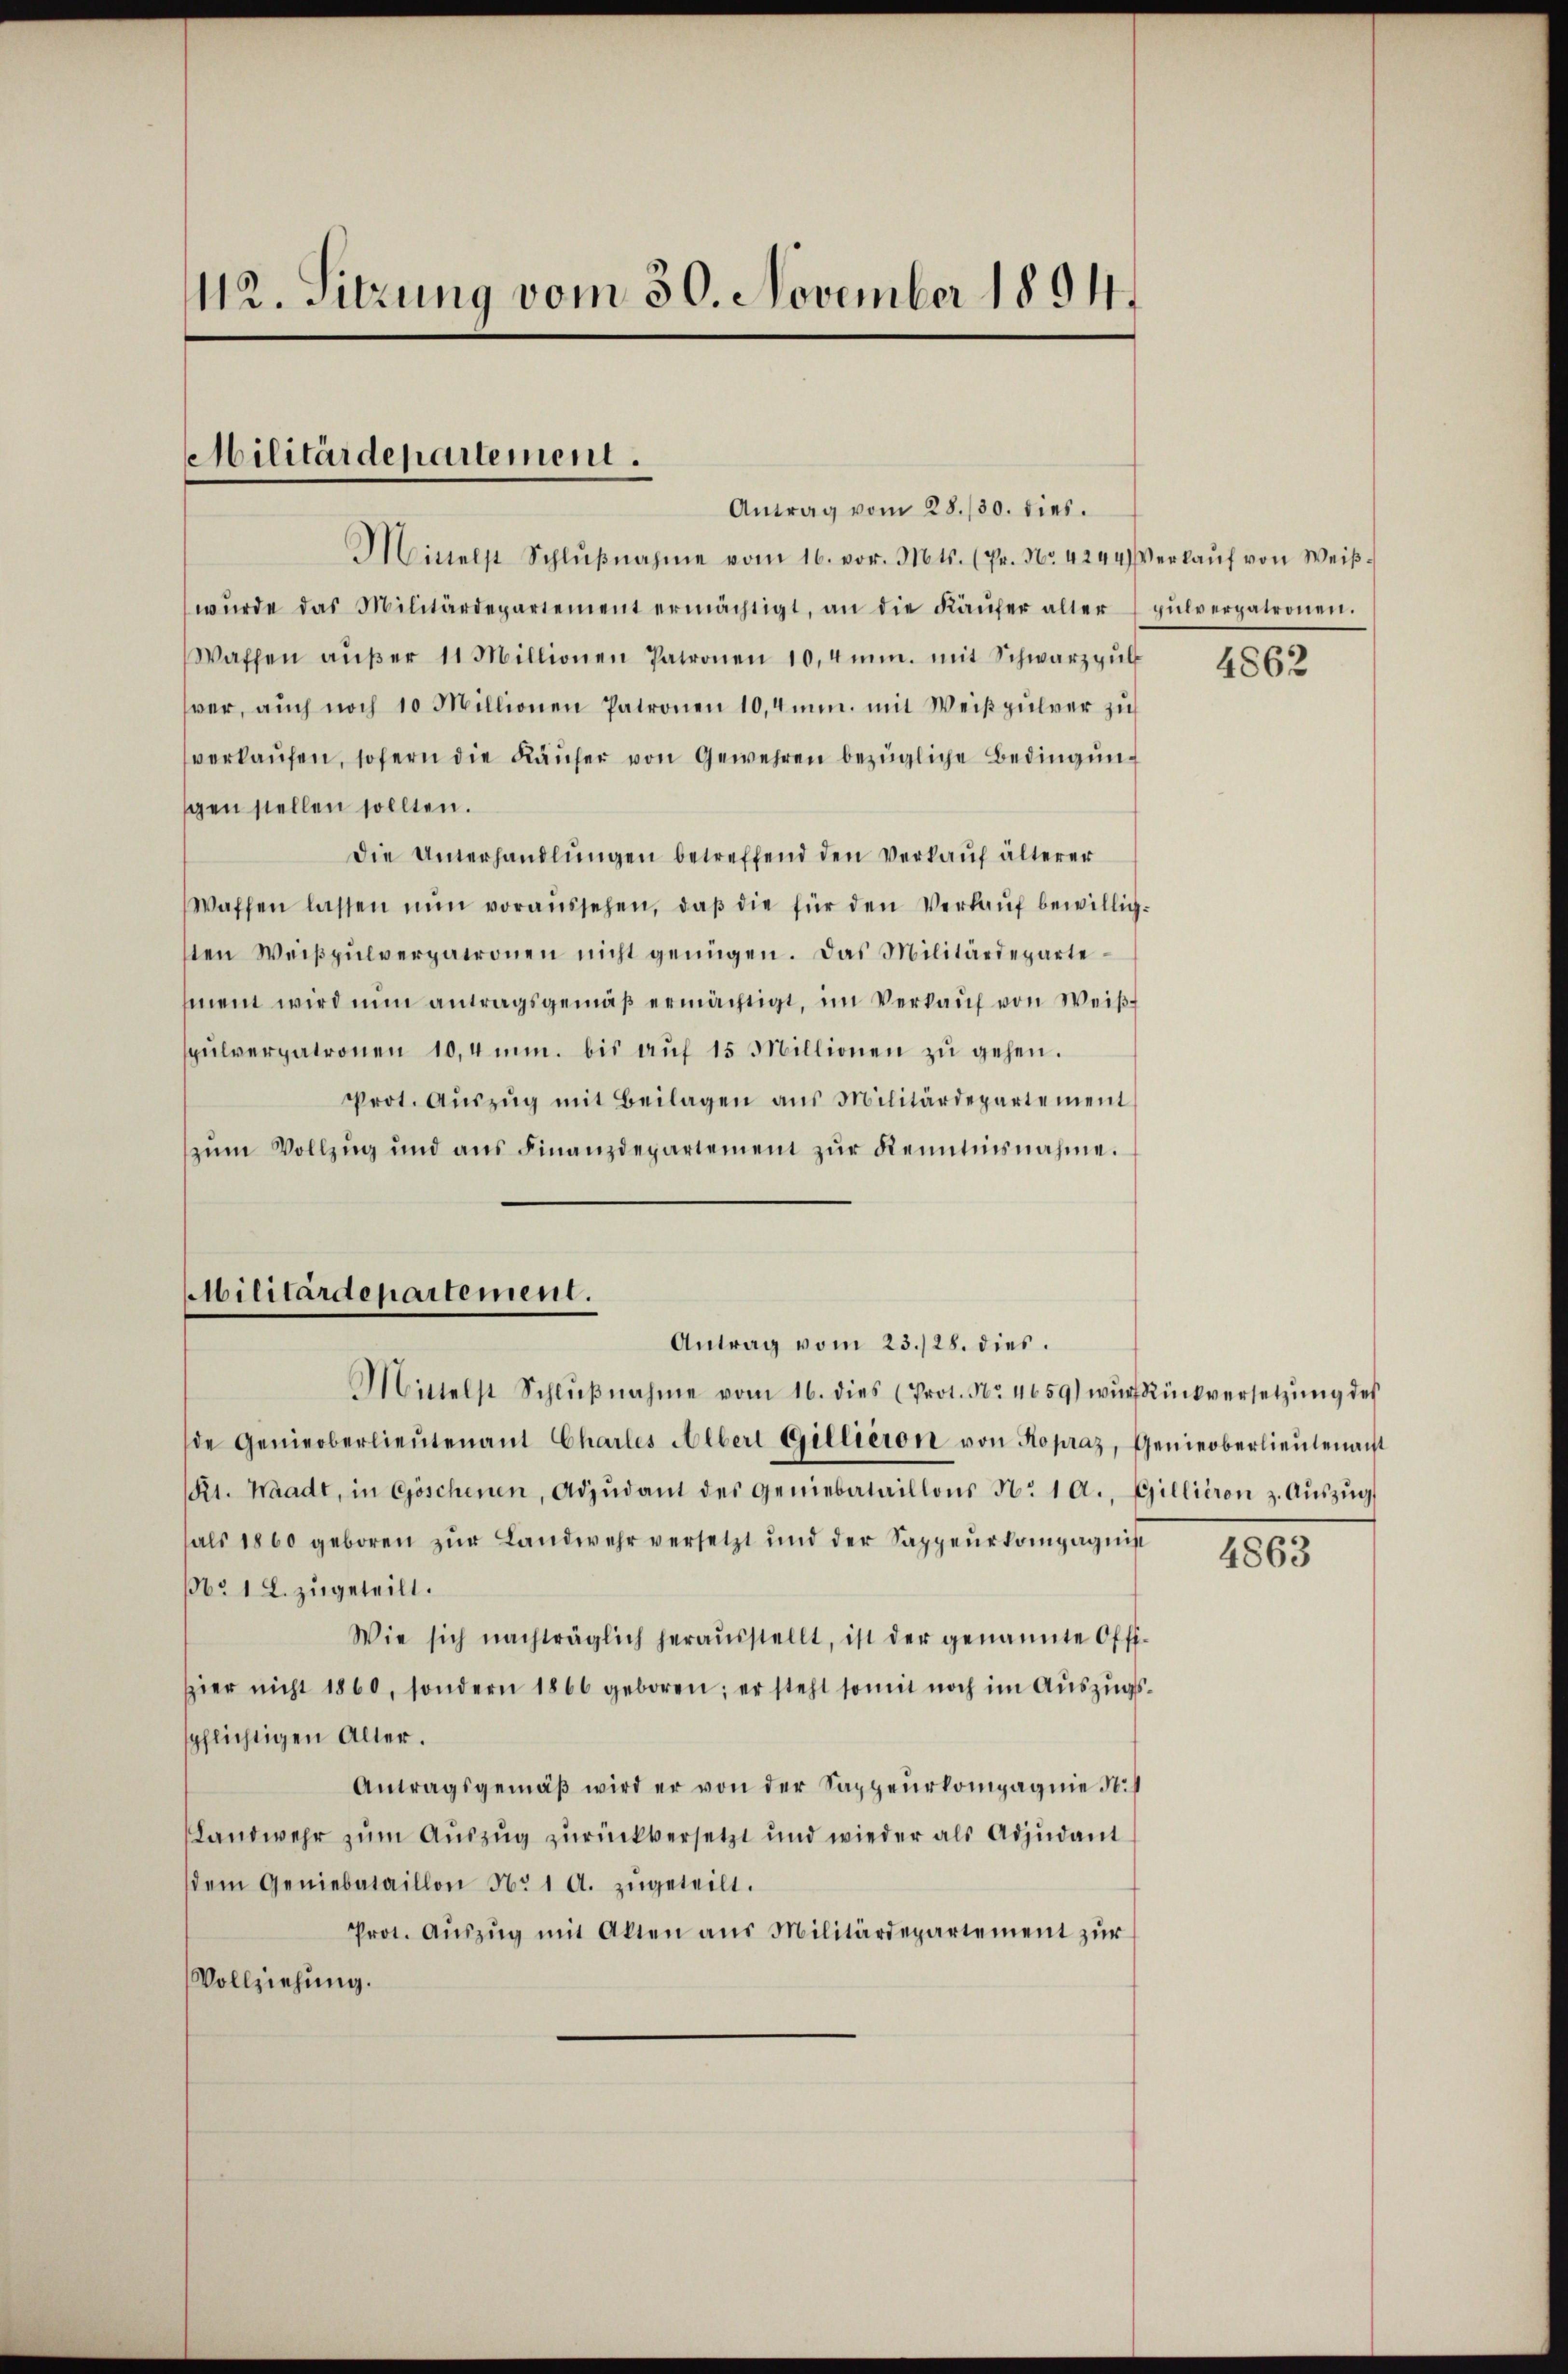
112. Sitzung vom 30. November 1894.

Militärdepartement.
Antrag vom 28./30. dies.

Militärdepartement.

Mitelst Schlŭβnahme vom 16. vor. Mts. (Pr. No. 4244) Verkaŭf von Weiβ-
wŭrde das Militärdepartement ermächtigt, an die Käŭfer alter pŭlverpatronen.
Waffen aŭβer 11 Millionen Patronen 10,4mm. mit Schwarzgŭl
ver, auch noch 10 Millionen Patronen 10,4mm. mit Weißpulver zu
verkaŭfen, sofern die Käŭfer von Gewehren bezügliche Bedingung
gen stellen sollten.
Die Unterhandlŭngen betreffend den Verkaŭf älterer
Waffen lassen nŭn voraussehen, daβ die für den Verkaŭf bewillig-
sten Weiβpŭlverpatronen nicht genügen. Das Militärdepartement wird nun antragsgemäß ermächtigt, im Verkauf von Weißt
pŭlverpatronen 10,4mm. bis aŭf 15 Millionen zŭ gehen.
Prot. Aŭszŭg mit Beilagen aus Militärdepartement
zum Vollzug und aus Finanzdepartement zur Kenntnisnahme.
Mittelst Schlŭβnahme vom 16. dies (Prot. Nr. 4659) wŭrf Rückversetzŭng des
de Genieoberlieŭtenant Chartes Alber Gillieron von Kopraz, Genieoberlieutenacht
Rt. Waadt, in Göschenen, Adjŭdant des Geniebataillons No. 1 A., Gillieren z. Aŭszŭg
hals 1860 geboren zŭr Landwehr versetzt und der Sappeŭrkompagnis
 1 L. zugeteilt.
Wie sich nachträglich heraŭsstellt, ist der genannte Offi-
ier nicht 1860, sondern 1866 geboren; er steht somit noch im Aŭszŭgs-
spflichtigen Alter.
Antragsgemäβ wird er von der Sappeurkompagnie No.
Landwehr zum Auszug zurückversetzt und wieder als Adjudant
sdem Geniebataillon No. 1 A. zŭgeteilt.
Prot. Aŭszŭg mit Akten aus Militärdepartement zŭr
Vollziehung.

Antrag vom 23./28. dies

4862

4863